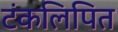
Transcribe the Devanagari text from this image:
टंकलिपित